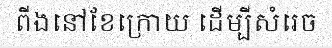
ពីងនៅខែក្រោយ ដើម្បីសំរេច